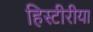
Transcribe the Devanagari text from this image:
हिस्टीरीया